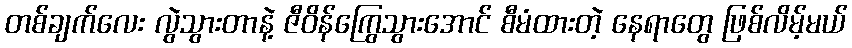
တစ်ချက်လေး လွဲသွားတာနဲ့ ဇီဝိန်ကြွေသွားအောင် စီမံထားတဲ့ နေရာတွေ ဖြစ်လိမ့်မယ်